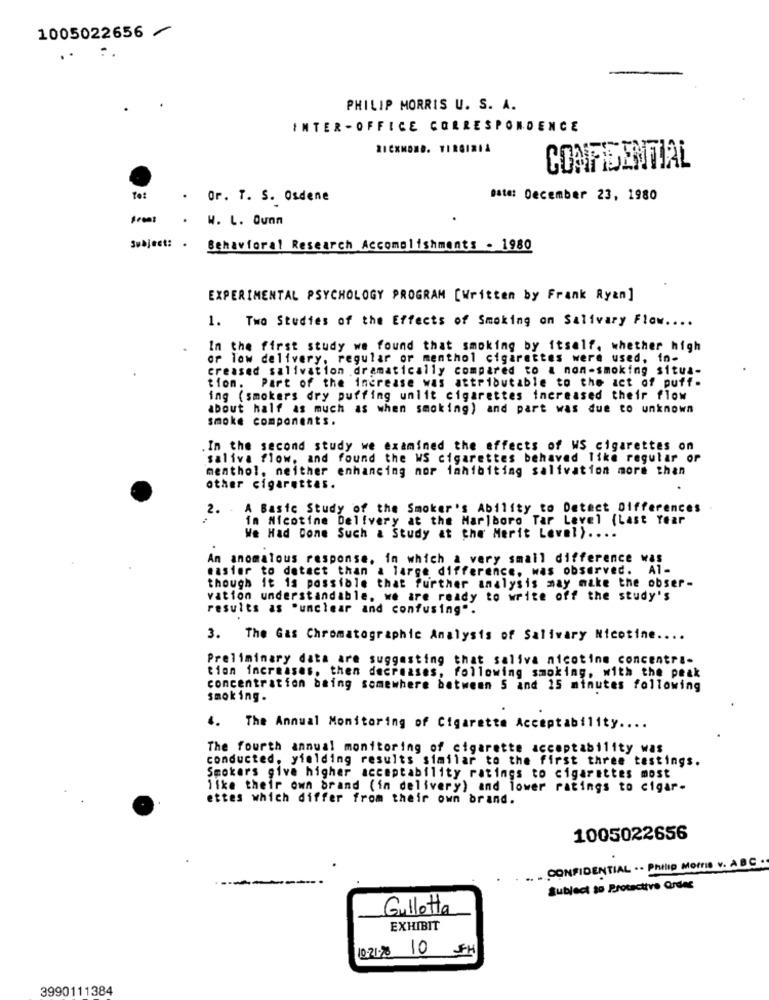
1005022656
PHILIP MORRIS U. S. A.
INTER -OFFICE CORRESPONDENCE
CONFIDENTIAL
Tot
.
Or. T. S. Osdene
Date: December 23, 1980
Frees
. W. L. Ounn
Subject: . Behavioral Research Accomplishments - 1980
EXPERIMENTAL PSYCHOLOGY PROGRAM [Written by Frank Ryan]
1.
Two Studies of the Effects of Smoking on Salivary Flow ....
In the first study we found that smoking by itself, whether high
or Tow delivery, regular or menthol cigarettes were used, in-
creased salivation dramatically compared to & non-smoking situa-
tion. Part of the increase was attributable to the act of puff.
ing (smokers dry puffing unlit cigarettes increased their flow
about half as much as when smoking) and part was due to unknown
smoke components.
. In the second study we examined the effects of WS cigarettes on
saliva flow, and found the WS cigarettes behaved like regular or
menthol, neither enhancing nor inhibiting salivation more than
other cigarettes.
2. A Basic Study of the Smoker's Ability to Detect Differences
in Nicotine Delivery at the Marlboro Tar Level (Last Year
We Had Done Such & Study at the Merit Level) ....
An anomalous response, in which a very small difference was
easier to detect than a large difference, was observed. Al-
though it is possible that further analysis may make the obser-
vation understandable, we are ready to write off the study's
results as "unclear and confusing".
3. The Gas Chromatographic Analysis of Salivary Nicotine ....
Preliminary data are suggesting that saliva nicotine concentra-
tion increases, then decreases, following smoking, with the peak
concentration baing somewhere between 5 and 15 minutes following
smoking.
4. The Annual Monitoring of Cigarette Acceptability ....
The fourth annual monitoring of cigarette acceptability was
conducted, yielding results similar to the first three tastings.
Smokers give higher acceptability ratings to cigarettes most
like their own brand (in delivery) and lower ratings to cigar-
ettes which differ from their own brand.
1005022656
CONFIDENTIAL .. Philip Morris v. A BC .
Subject to Protective Qrdes
Gullotta
EXHIBIT
10.21.78 10
FH
3990111384